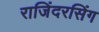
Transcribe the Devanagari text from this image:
राजिंदरसिंग